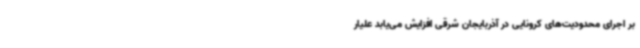
بر اجرای محدودیت‌های کرونایی در آذربایجان شرقی افزایش می‌یابد علیار